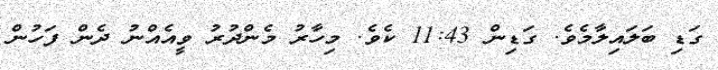
ގަޑި ބަލައިލާމެވެ. ގަޑިން 11:43 ކެވެ. މިހާރު މެންދުރު ވީއެއްނު ދެން ފަހުން